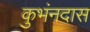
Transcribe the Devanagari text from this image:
कुभंनदास